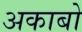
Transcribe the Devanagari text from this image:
अकाबो